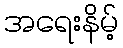
အရေးနိမ့်